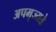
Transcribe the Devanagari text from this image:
अपमृज्यते